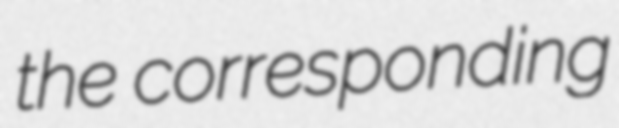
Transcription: the corresponding